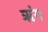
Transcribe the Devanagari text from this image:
ॠंग